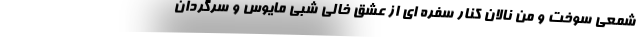
شمعی سوخت و من نالان کنار سفره ای از عشق خالی شبی مایوس و سرگردان